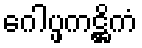
ဂေါပ္ဖကဋ္ဌိကံ